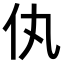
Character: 𬽦